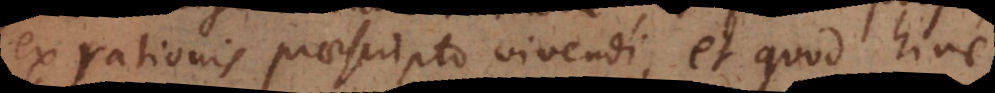
ex rationis praescripto vivendi, et quod hinc